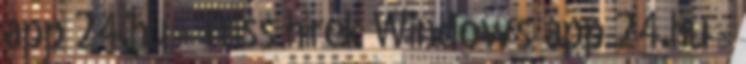
app 24.hu - friss hírek Windows app 24.hu -